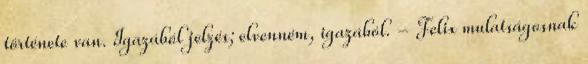
története van. Igazából jelzés; elvenném, igazából. - Felix mulatságosnak